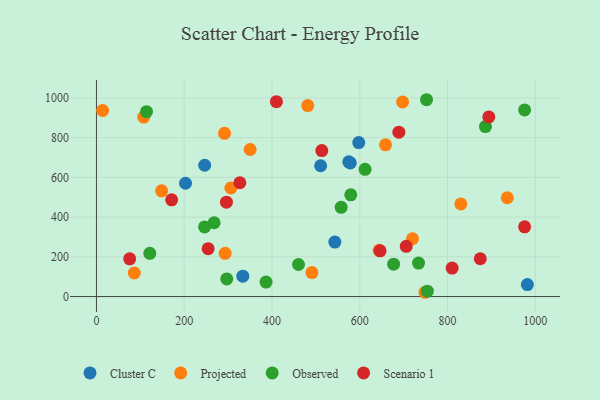
{"axis": {"x": "Study Hours", "y": "Rating"}, "legend": ["Cluster C", "Observed", "Projected", "Scenario 1"], "data": [{"x": "246.6", "y": 660.8, "type": "Cluster C"}, {"x": "510.8", "y": 658.3, "type": "Cluster C"}, {"x": "333.5", "y": 102.4, "type": "Cluster C"}, {"x": "578.4", "y": 672.7, "type": "Cluster C"}, {"x": "203.0", "y": 570.2, "type": "Cluster C"}, {"x": "981.9", "y": 60.4, "type": "Cluster C"}, {"x": "597.7", "y": 774.8, "type": "Cluster C"}, {"x": "543.2", "y": 274.3, "type": "Cluster C"}, {"x": "575.0", "y": 678.3, "type": "Cluster C"}, {"x": "481.5", "y": 961.1, "type": "Projected"}, {"x": "830.3", "y": 466.2, "type": "Projected"}, {"x": "14.1", "y": 936.5, "type": "Projected"}, {"x": "491.0", "y": 120.5, "type": "Projected"}, {"x": "350.2", "y": 740.1, "type": "Projected"}, {"x": "293.3", "y": 217.7, "type": "Projected"}, {"x": "644.1", "y": 233.0, "type": "Projected"}, {"x": "658.7", "y": 763.9, "type": "Projected"}, {"x": "720.1", "y": 290.8, "type": "Projected"}, {"x": "291.9", "y": 821.6, "type": "Projected"}, {"x": "306.3", "y": 546.3, "type": "Projected"}, {"x": "86.3", "y": 118.4, "type": "Projected"}, {"x": "697.6", "y": 979.8, "type": "Projected"}, {"x": "748.6", "y": 21.5, "type": "Projected"}, {"x": "148.5", "y": 532.4, "type": "Projected"}, {"x": "107.7", "y": 903.2, "type": "Projected"}, {"x": "936.1", "y": 497.3, "type": "Projected"}, {"x": "121.6", "y": 217.7, "type": "Observed"}, {"x": "114.1", "y": 930.4, "type": "Observed"}, {"x": "612.1", "y": 640.5, "type": "Observed"}, {"x": "752.1", "y": 990.7, "type": "Observed"}, {"x": "557.6", "y": 449.3, "type": "Observed"}, {"x": "753.9", "y": 26.9, "type": "Observed"}, {"x": "677.1", "y": 162.9, "type": "Observed"}, {"x": "268.1", "y": 371.5, "type": "Observed"}, {"x": "975.6", "y": 939.2, "type": "Observed"}, {"x": "246.4", "y": 350.3, "type": "Observed"}, {"x": "386.5", "y": 73.0, "type": "Observed"}, {"x": "733.9", "y": 168.5, "type": "Observed"}, {"x": "297.0", "y": 88.6, "type": "Observed"}, {"x": "886.4", "y": 855.8, "type": "Observed"}, {"x": "579.5", "y": 512.0, "type": "Observed"}, {"x": "460.4", "y": 161.3, "type": "Observed"}, {"x": "171.4", "y": 486.8, "type": "Scenario 1"}, {"x": "874.6", "y": 190.3, "type": "Scenario 1"}, {"x": "254.5", "y": 241.0, "type": "Scenario 1"}, {"x": "410.1", "y": 980.7, "type": "Scenario 1"}, {"x": "705.9", "y": 252.6, "type": "Scenario 1"}, {"x": "689.1", "y": 827.6, "type": "Scenario 1"}, {"x": "975.6", "y": 350.9, "type": "Scenario 1"}, {"x": "646.3", "y": 230.0, "type": "Scenario 1"}, {"x": "513.5", "y": 734.7, "type": "Scenario 1"}, {"x": "326.8", "y": 572.8, "type": "Scenario 1"}, {"x": "810.5", "y": 143.2, "type": "Scenario 1"}, {"x": "296.2", "y": 475.1, "type": "Scenario 1"}, {"x": "894.1", "y": 903.9, "type": "Scenario 1"}, {"x": "75.8", "y": 189.9, "type": "Scenario 1"}]}